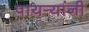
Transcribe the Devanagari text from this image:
पायर्‍यांनी